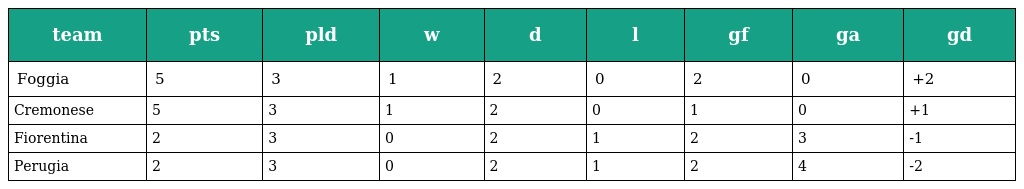
| team | pts | pld | w | d | l | gf | ga | gd |
 | --- | --- | --- | --- | --- | --- | --- | --- | --- |
 | Foggia | 5 | 3 | 1 | 2 | 0 | 2 | 0 | +2 |
 | Cremonese | 5 | 3 | 1 | 2 | 0 | 1 | 0 | +1 |
 | Fiorentina | 2 | 3 | 0 | 2 | 1 | 2 | 3 | -1 |
 | Perugia | 2 | 3 | 0 | 2 | 1 | 2 | 4 | -2 |